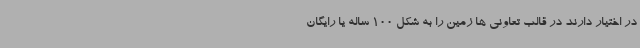
در اختیار دارند در قالب تعاونی ها زمین را به شکل 100 ساله یا رایگان